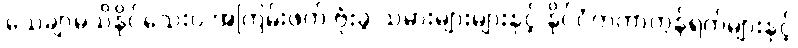
သေချာမသိနိုင်သေးပဲ အကြမ်းဖက် ဗုံးခွဲ သမားများများနှင့် နိုင်ငံတကာကွန်ရက်များနှင့်